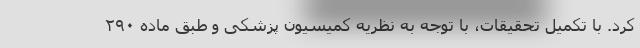
کرد. با تکمیل تحقیقات، با توجه به نظریه کمیسیون پزشکی و طبق ماده ۲۹۰